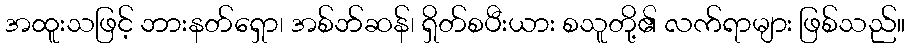
အထူးသဖြင့် ဘားနတ်ရှော၊ အစ်ဘ်ဆန်၊ ရှိတ်စပီးယား စသူတို့၏ လက်ရာများ ဖြစ်သည်။